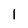
Character: l